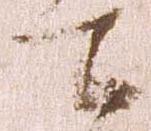
七